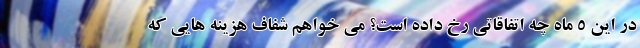
در این 5 ماه چه اتفاقاتی رخ داده است؟ می خواهم شفاف هزینه هایی که